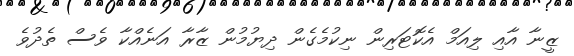
ޒީނާ އާއި ލިއަމް އެކޮޓަރިން ނިކުމެގެން ދިޔުމުން ޒާރާ އަނެއްކާ ވެސް ތެދުވެ